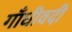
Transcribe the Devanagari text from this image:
गाँधीवदी